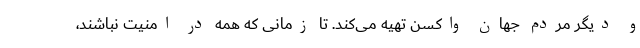
و دیگر مردم جهان واکسن تهیه می‌کند. تا زمانی که همه در امنیت نباشند،